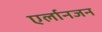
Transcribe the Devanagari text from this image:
एर्लानजन